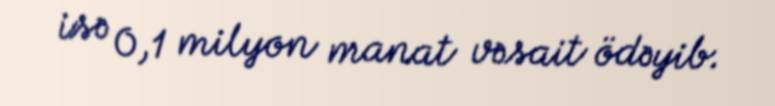
isə 0,1 milyon manat vəsait ödəyib.